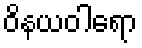
ဝိနယဝါရော